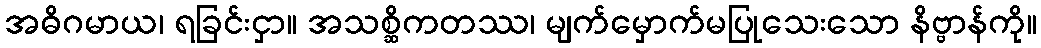
အဓိဂမာယ၊ ရခြင်းငှာ။ အသစ္ဆိကတဿ၊ မျက်မှောက်မပြုသေးသော နိဗ္ဗာန်ကို။